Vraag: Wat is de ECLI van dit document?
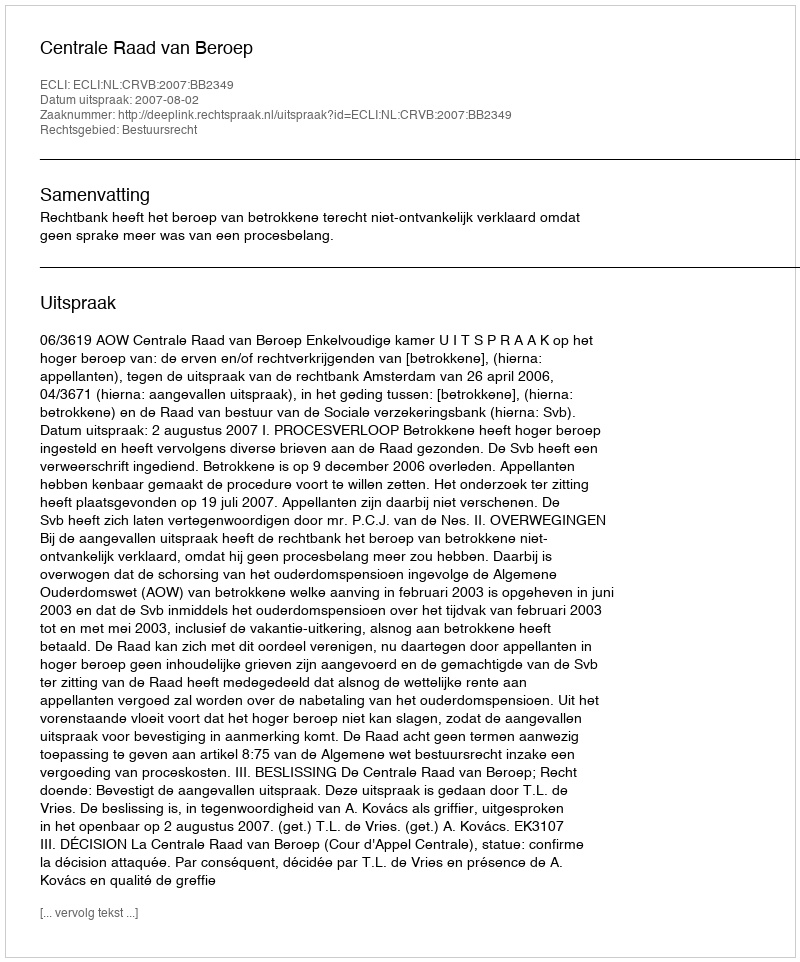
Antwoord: ECLI:NL:CRVB:2007:BB2349